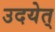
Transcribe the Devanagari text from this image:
उदयेत्‌